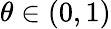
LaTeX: \theta\in(0,1)